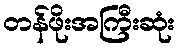
တန်ဖိုးအကြီးဆုံး